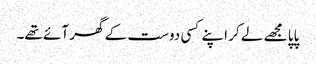
پاپا مجھے لے کر اپنے کسی دوست کے گھر آئے تھے۔